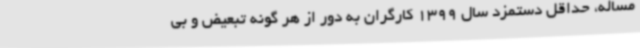
مساله، حداقل دستمزد سال 1399 کارگران به دور از هر گونه تبعیض و بی